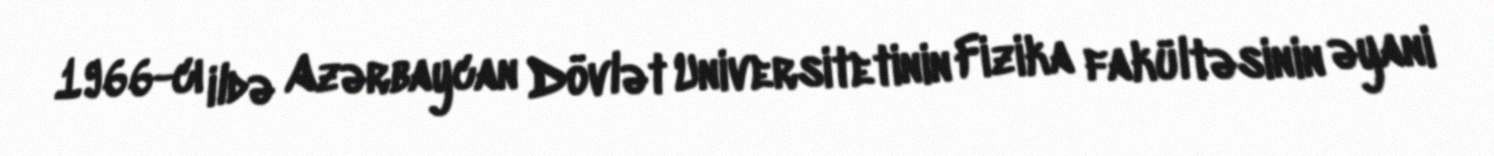
1966-cı ildə Azərbaycan Dövlət Universitetinin Fizika fakültəsinin əyani